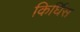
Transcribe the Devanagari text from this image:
किर्घिस